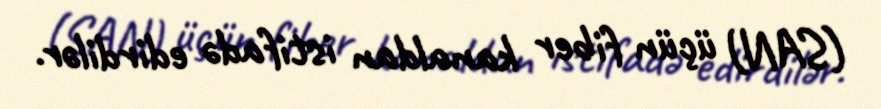
(SAN) üçün fiber kanaldan istifadə edirdilər.